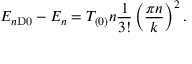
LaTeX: E _ { n \mathrm { D 0 } } - E _ { n } = T _ { ( 0 ) } n { \frac { 1 } { 3 ! } } \left( { \frac { \pi n } { k } } \right) ^ { 2 } .